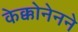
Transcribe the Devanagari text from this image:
केक्कोनेनने